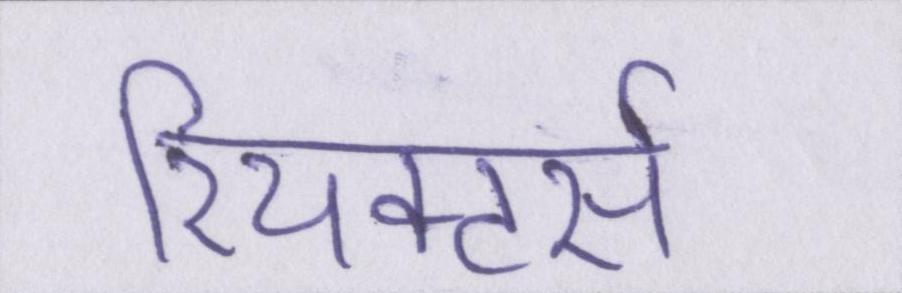
रियक्टर्स